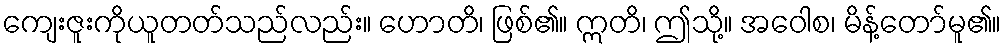
ကျေးဇူးကိုယူတတ်သည်လည်း။ ဟောတိ၊ ဖြစ်၏။ ဣတိ၊ ဤသို့။ အဝေါစ၊ မိန့်တော်မူ၏။